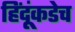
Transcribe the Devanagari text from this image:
हिंदूंकडेच